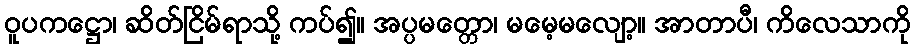
ဝူပကဋ္ဌော၊ ဆိတ်ငြိမ်ရာသို့ ကပ်၍။ အပ္ပမတ္တော၊ မမေ့မလျော့။ အာတာပီ၊ ကိလေသာကို